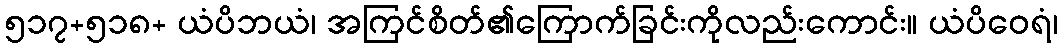
၅၁၇+၅၁၈+ ယံပိဘယံ၊ အကြင်စိတ်၏ကြောက်ခြင်းကိုလည်းကောင်း။ ယံပိဝေရံ၊